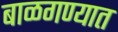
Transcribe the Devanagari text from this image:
बाळगण्यात